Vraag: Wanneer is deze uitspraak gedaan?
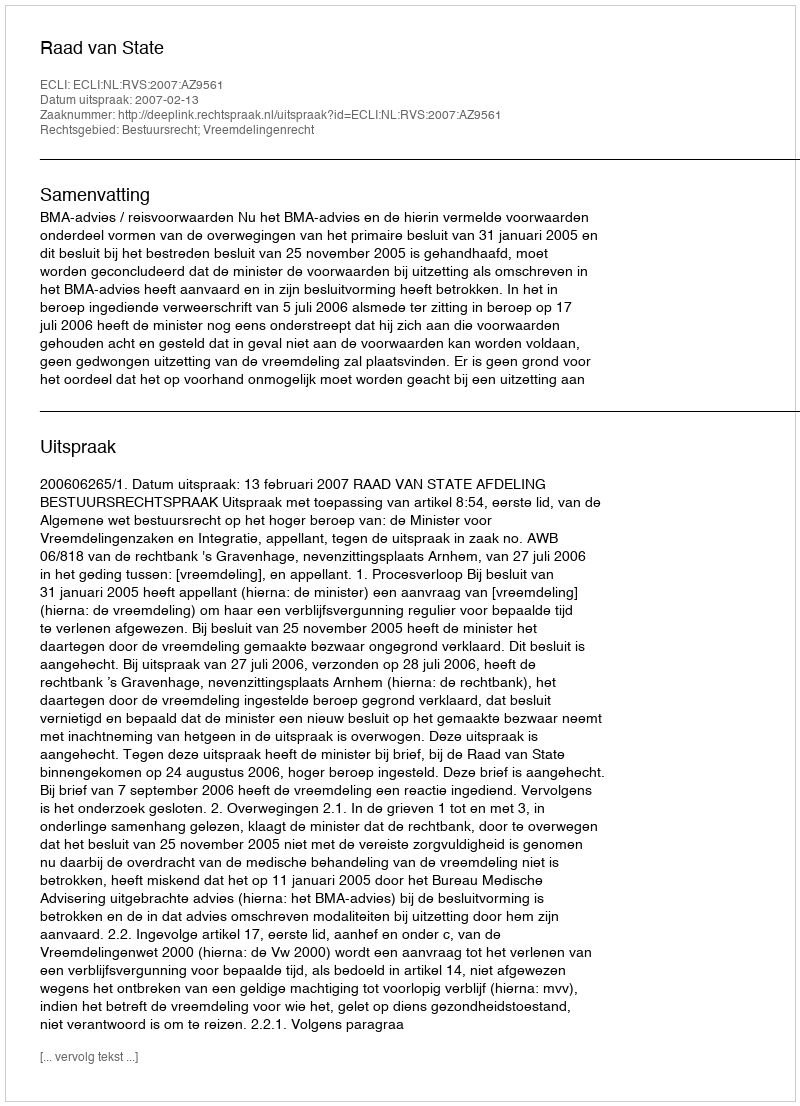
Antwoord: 2007-02-13